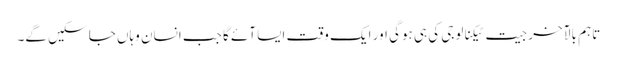
تاہم بالآخر جیت ٹیکنالوجی کی ہی ہوگی اور ایک وقت ایسا آئے گا جب انسان وہاں جا سکیں گے۔